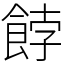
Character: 餑